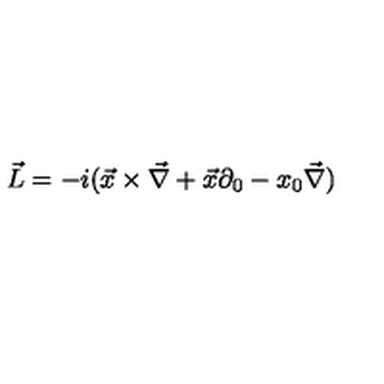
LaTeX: \vec { L } = - i ( \vec { x } \times \vec { \nabla } + \vec { x } \partial _ { 0 } - x _ { 0 } \vec { \nabla } )